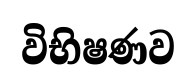
විභිෂණව